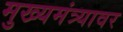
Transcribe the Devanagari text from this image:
मुख्यमंत्र्यावर